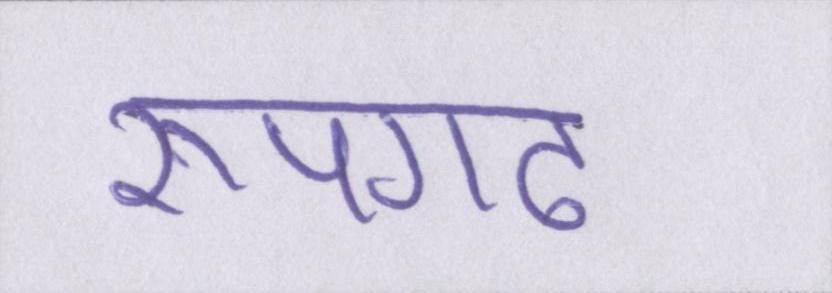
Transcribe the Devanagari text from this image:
रूपगढ